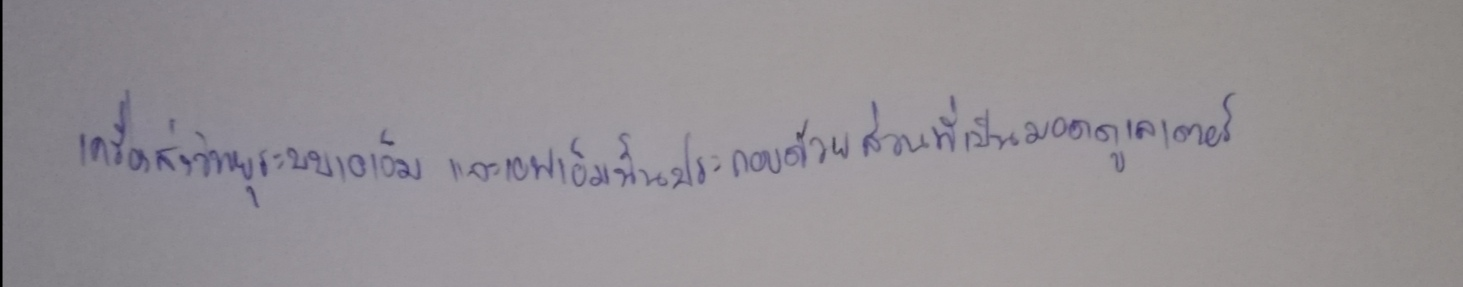
เครื่องส่งวิทยุระบบเอเอ็มและเอฟเอ็มนั้นประกอบด้วยส่วนที่เป็นมอดดูเลเตอร์